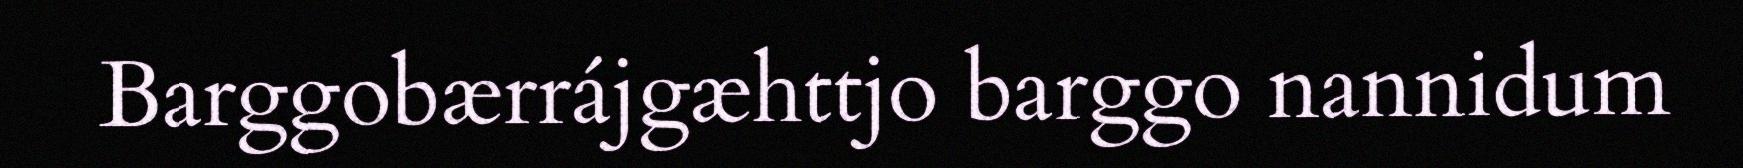
Barggobærrájgæhttjo barggo nannidum